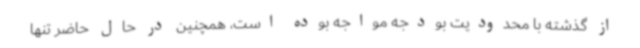
از گذشته با محدودیت بودجه مواجه بوده است، همچنین در حال حاضر تنها